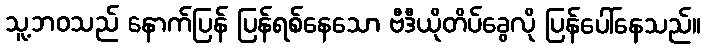
သူ့ဘဝသည် နောက်ပြန် ပြန်ရစ်နေသော ဗီဒီယိုတိပ်ခွေလို ပြန်ပေါ်နေသည်။